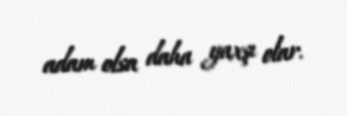
adam olsa daha yaxşı olar.